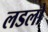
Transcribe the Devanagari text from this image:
लडलो